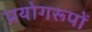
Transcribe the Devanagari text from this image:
प्रयोगरूपों